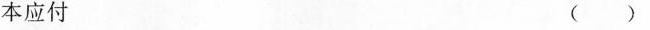
本应付()